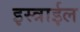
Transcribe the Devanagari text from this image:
इस्त्राईल